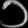
Digit: ၁